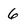
Character: 6